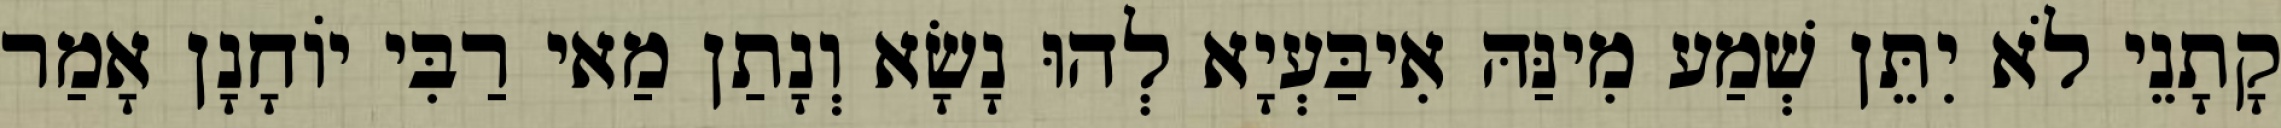
קָתָנֵי לֹא יִתֵּן שְׁמַע מִינַּהּ אִיבַּעְיָא לְהוּ נָשָׂא וְנָתַן מַאי רַבִּי יוֹחָנָן אָמַר